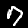
Digit: 7